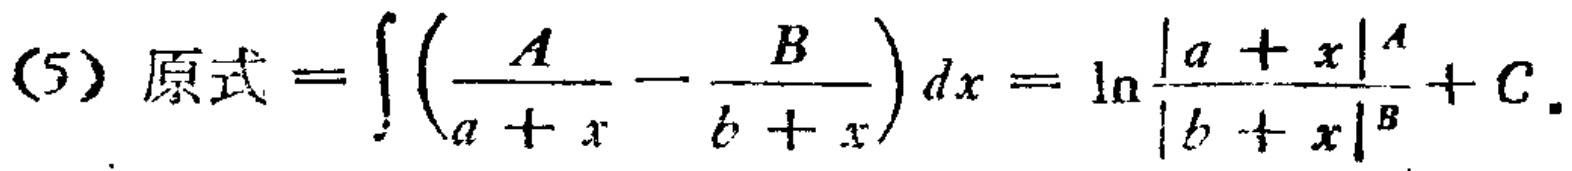
(5) 原式 \(=\int \left(\frac{A}{a + x}-\frac{B}{b + x}\right)dx=\ln\frac{|a + x|^{A}}{|b + x|^{B}}+C\).